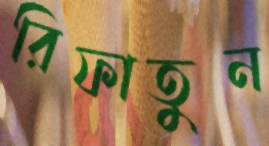
রিফাতুন